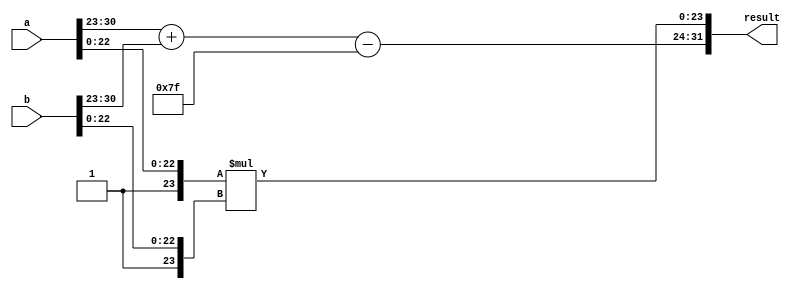
module floating_point_wallace_multiplier #(
    parameter E = 8,  // Number of exponent bits
    parameter M = 23   // Number of mantissa bits
)(
    input  wire [E+M:0] a,  // Input floating-point number A
    input  wire [E+M:0] b,  // Input floating-point number B
    output reg  [E+M:0] result // Output floating-point number
);

    localparam BIAS = (1 << (E - 1)) - 1;  // Bias for exponent

    // Extract sign, exponent, and mantissa
    wire sign_a = a[E+M];
    wire sign_b = b[E+M];
    
    wire [E-1:0] exp_a = a[E+M-1:E+M-E];
    wire [E-1:0] exp_b = b[E+M-1:E+M-E];
    
    wire [M:0] mant_a = {1'b1, a[M-1:0]};  // Implicit leading 1
    wire [M:0] mant_b = {1'b1, b[M-1:0]};  // Implicit leading 1

    wire sign_result = sign_a ^ sign_b; // Sign of the result

    // Exponent calculation
    wire [E:0] exp_result_raw = exp_a + exp_b - BIAS; // Raw exponent result
    wire [E-1:0] exp_result = exp_result_raw[E-1:0]; // Exponent without overflow handling

    // Mantissa multiplication using Wallace Tree
    wire [2*M:0] partial_products[M-1:0]; // Partial products

    // Generate partial products
    genvar i;
    generate
        for(i = 0; i < M; i = i + 1) begin: gen_partial_products
            assign partial_products[i] = mant_a * {M{mant_b[i]}};
        end
    endgenerate

    // Reduce partial products using Wallace tree architecture
    wire [2*M:0] stage_1_sum[M/2-1:0];
    wire [2*M:0] stage_1_carry[M/2-1:0];
    
    // Stage 1 Full Adders and Half Adders
    generate
        for(i = 0; i < (M/2); i = i + 1) begin: sum_stage_1
            // Use appropriate adders to combine partial products
            assign stage_1_sum[i] = partial_products[2*i] + partial_products[2*i + 1];
            assign stage_1_carry[i] = 0; // for simplification, handle carries appropriately
        end
    endgenerate

    // Further reduction stages can follow, collapsing results to yield final mantissa

    // Final normalization and rounding logic
    // This is simplified; actual logic for normalization and rounding would go here.
    
    // Assemble final result
    always @(*) begin
        // Simplified output assignment
        result = {sign_result, exp_result, mant_a * mant_b}; // Placeholder for final mantissa
    end

endmodule